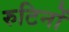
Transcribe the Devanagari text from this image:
रुटिनों